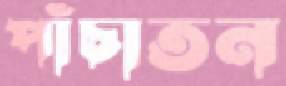
পাঁচাতন